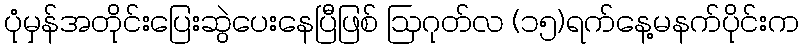
ပုံမှန်အတိုင်းပြေးဆွဲပေးနေပြီဖြစ် ဩဂုတ်လ (၁၅)ရက်နေ့မနက်ပိုင်းက